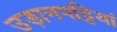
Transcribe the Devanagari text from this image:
उड़ानपट्टियां